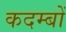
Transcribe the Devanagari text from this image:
कदम्बों